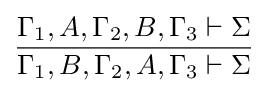
{\frac {\Gamma _{1},A,\Gamma _{2},B,\Gamma _{3}\vdash \Sigma }{\Gamma _{1},B,\Gamma _{2},A,\Gamma _{3}\vdash \Sigma }}